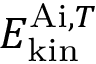
E _ { \mathrm { k i n } } ^ { \mathrm { A i } , T }